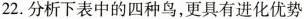
22. 分析下表中的四种鸟，更具有进化优势